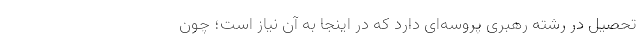
تحصیل در رشته رهبری پروسه‌ای دارد که در اینجا به آن نیاز است؛ چون